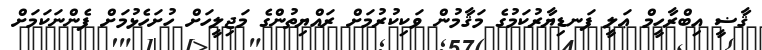
ޤާޟީ އިބްރާހީމް ޢަލީ ފަނޑިޔާރުކަމުގެ މަޤާމުން ވަކިކުރުމަށް ރައްޔިތުންގެ މަޖިލީހަށް ހުށަހެޅުމަށް ފެންނަކަމަށް